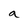
Character: a